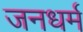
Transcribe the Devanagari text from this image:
जनधर्म